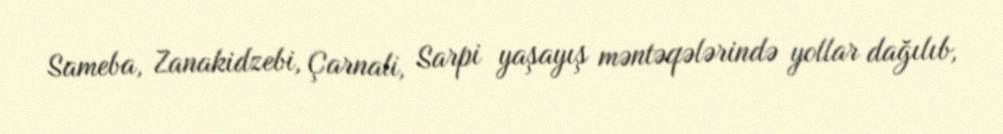
Sameba, Zanakidzebi, Çarnali, Sarpi yaşayış məntəqələrində yollar dağılıb,